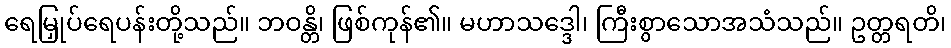
ရေမြှုပ်ရေပန်းတို့သည်။ ဘဝန္တိ၊ ဖြစ်ကုန်၏။ မဟာသဒ္ဒေါ၊ ကြီးစွာသောအသံသည်။ ဥတ္တရတိ၊